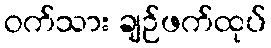
ဝက်သား ချဉ်ဖက်ထုပ်